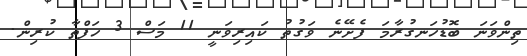
ތިންވަނަ ބޮޑުހަނގުރާމަ ފެށޭނެ ވަގުތު ކައިރިވަނީ 11 މަސް 3 ހަފްތާ ކުރިން.